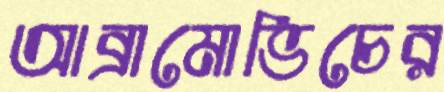
আব্রামোভিচের